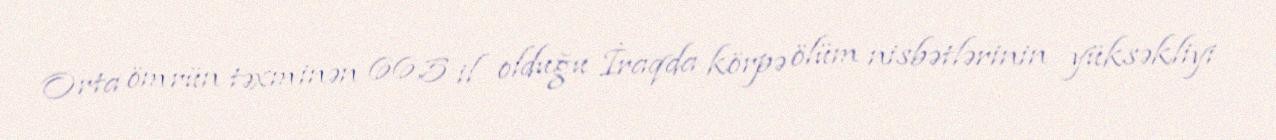
Orta ömrün təxminən 66,5 il olduğu İraqda körpə ölüm nisbətlərinin yüksəkliyi